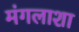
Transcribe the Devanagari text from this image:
मंगलाशा